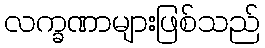
လက္ခဏာများဖြစ်သည်